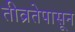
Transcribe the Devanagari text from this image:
तीव्रतेपासून